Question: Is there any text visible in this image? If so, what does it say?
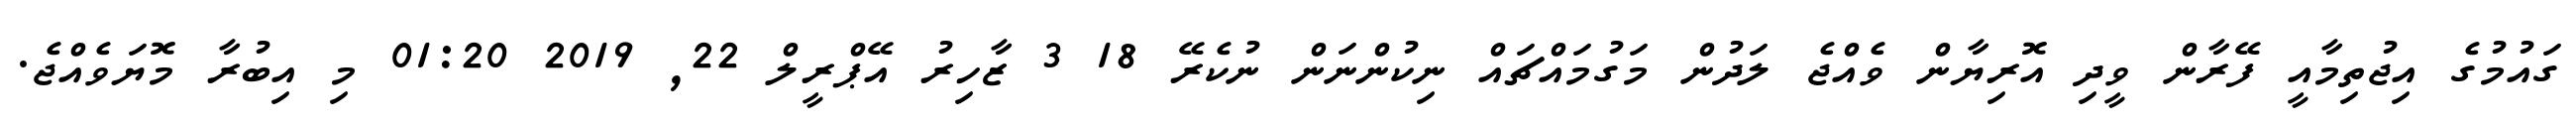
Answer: ގައުމުގެ އިޖުތިމާއީ ފޭރާން ވީދި އޮރިޔާން ވެއްޖެ ލަދުން މަގުމައްޗައް ނިކުންނަން ނުކެރޭ 18 3 ޒާހިރު އޭޕްރީލް 22, 2019 01:20 މި އިބުރާ މޮޔަވެއްޖެ.